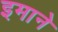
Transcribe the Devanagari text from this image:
इमाने